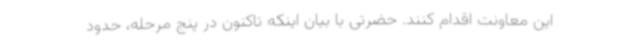
این معاونت اقدام کنند. حضرتی با بیان اینکه تاکنون در پنج مرحله، حدود